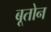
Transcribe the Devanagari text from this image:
बूतोन